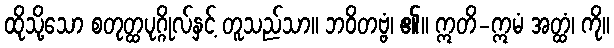
ထိုသို့သော စတုတ္ထပုဂ္ဂိုလ်နှင့် တူသည်သာ။ ဘဝိတဗ္ဗံ၊ ၏။ ဣတိ-ဣမံ အတ္ထံ၊ ကို။